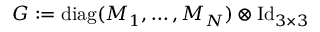
G : = \operatorname { d i a g } ( M _ { 1 } , \dots , M _ { N } ) \otimes \operatorname { I d } _ { 3 \times 3 }